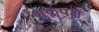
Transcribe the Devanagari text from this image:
शुक्लपक्षे